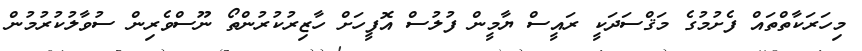
މިހަރަކާތްތައް ފެށުމުގެ މަޤްސަދަކީ ރައީސް ޔާމީން ފުލުސް އޮފީހަށް ހާޒިރުކުުރުންތޯ ނޫސްވެރިން ސުވާލުކުރުމުން